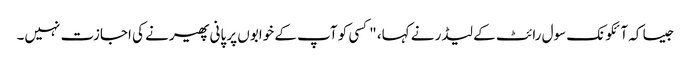
جیسا کہ آئکونک سول رائٹ کے لیڈر نے کہا، "کسی کو آپ کے خوابوں پر پانی پھیرنے کی اجازت نہیں۔